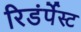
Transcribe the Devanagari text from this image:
रिडंर्पेस्ट